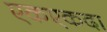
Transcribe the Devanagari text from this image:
एकएकदा